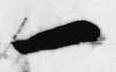
一